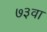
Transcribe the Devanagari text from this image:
७३वा